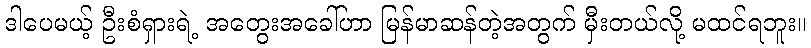
ဒါပေမယ့် ဦးစံရှားရဲ့ အတွေးအခေါ်ဟာ မြန်မာဆန်တဲ့အတွက် မှီးတယ်လို့ မထင်ရဘူး။